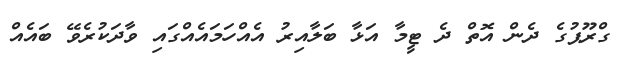
ގްރޫޕުގެ ދެން އޮތް ދެ ޓީމާ އަޅާ ބަލާއިރު އެއްހަމައެއްގައި ވާދަކުރެވޭ ބައެއް